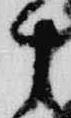
十